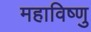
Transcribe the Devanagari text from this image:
महाविष्‍णु